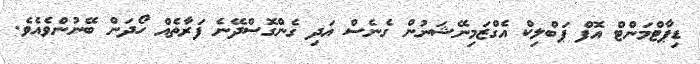
ޑިޕާޓްމަންޓް އޮފް ޕަބްލިކް އެގްޒަމިނޭޝަނުން ގެނެސް އަދި ގެންގޮސްދޭނެ ފަރާތެއް ހޯދަން ބޭނުންވެއެވެ.